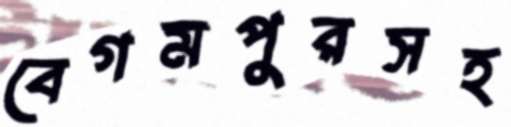
বেগমপুরসহ